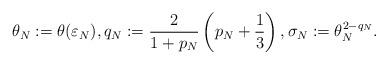
LaTeX: \begin{align*}\theta_N:=\theta(\varepsilon_N), q_N:=\frac{2}{1+p_N}\left(p_N+\frac13\right), \sigma_N:=\theta_N^{2-q_N}. \end{align*}